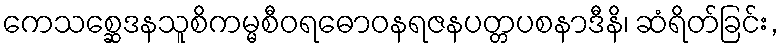
ကေသစ္ဆေဒနသူစိကမ္မစီဝရဓောဝနရဇနပတ္တပစနာဒီနိ၊ ဆံရိတ်ခြင်း,